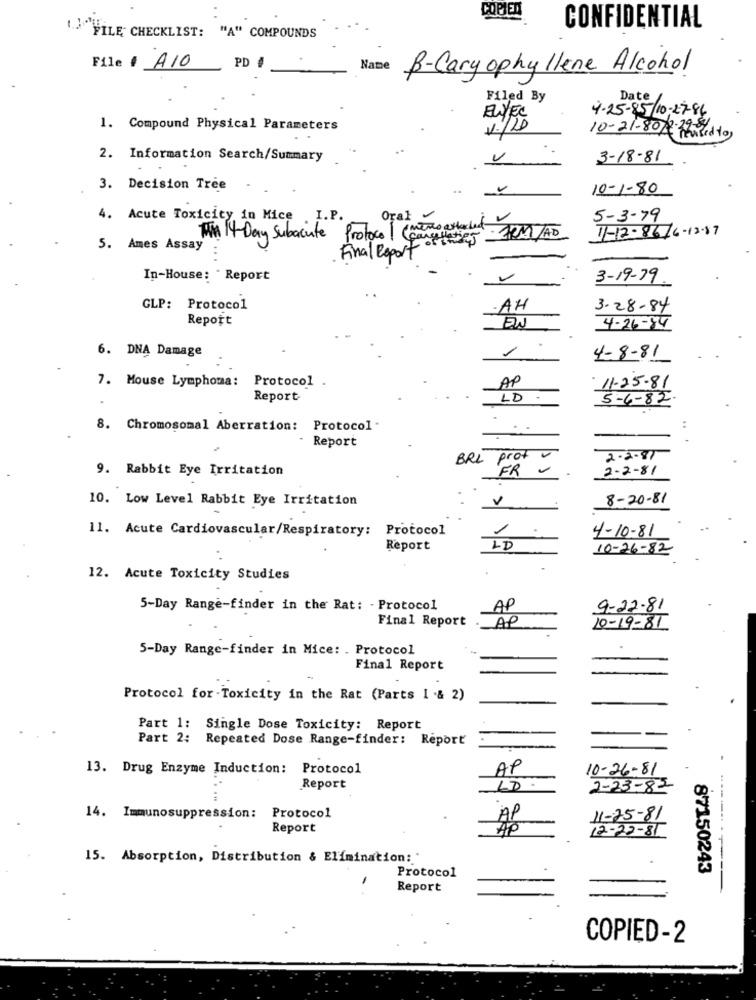
COPIED
CONFIDENTIAL
("FILE CHECKLIST: "A" COMPOUNDS
PD #
File /A10
Name
B-Cary ophyllene Alcohol
Filed By
Date
4-25-85/ 10-27-86
ENYEC
1. Compound Physical Parameters
1./20
10-21-80/13:12
2. Information Search/Summary
3-18-81
3. Decision Tree
10-1-80
4. Acute Toxicity in Mice I.P.
Oral
5-3-79
TM 14- Day Subacute Protocol (meno attached
11-12-86/6-12.87
RM/AD
5. Ames Assay
Final Report
In-House: "Report
3-19-79
GLP: Protocol
-AH
3.28-84
Report
4-26-84
6. DNA Damage
1
4-8-81
7. Mouse Lymphoma: Protocol
AP
11-25-81
Report
LD -
5-6-82
8. Chromosomal Aberration: Protocol
:
Report
BRL prof
2.2.87
9. Rabbit Eye Irritation
FR
2-2-81
10. Low Level Rabbit Eye Irritation
V
8-20-81
11. Acute Cardiovascular/Respiratory: Protocol
1
4-10-81
Report
LD
10-26-82
12. Acute Toxicity Studies
5-Day Range-finder in the Rat: - Protocol
AP
9-22-81
Final Report
AP
10-19-81
5-Day Range-finder in Mice: . Protocol
Final Report
Protocol for -Toxicity in the Rat (Parts 1 & 2)
Part 1: Single Dose Toxicity: Report
Part 2: Repeated Dose Range-finder: Report
13. Drug Enzyme Induction: Protocol
AP
10-26-81
Report
LD
2-23-82
14. Immunosuppression:
Protocol
AP
11-25-81
Report
AP
12-22-85
15. Absorption, Distribution & Elimination: "
Protocol
87150243
Report
COPIED-2